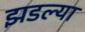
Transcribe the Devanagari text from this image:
झडल्या